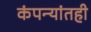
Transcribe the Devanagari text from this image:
कंपन्यांतही